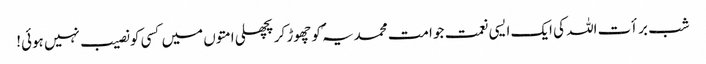
شب برأت اللہ کی ایک ایسی نعمت جو امت محمدیہ ؐکو چھوڑ کر پچھلی امتوں میں کسی کو نصیب نہیں ہوئی!